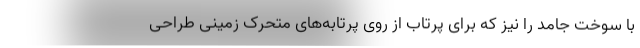
با سوخت جامد را نیز که برای پرتاب از روی پرتابه‌های متحرک زمینی طراحی